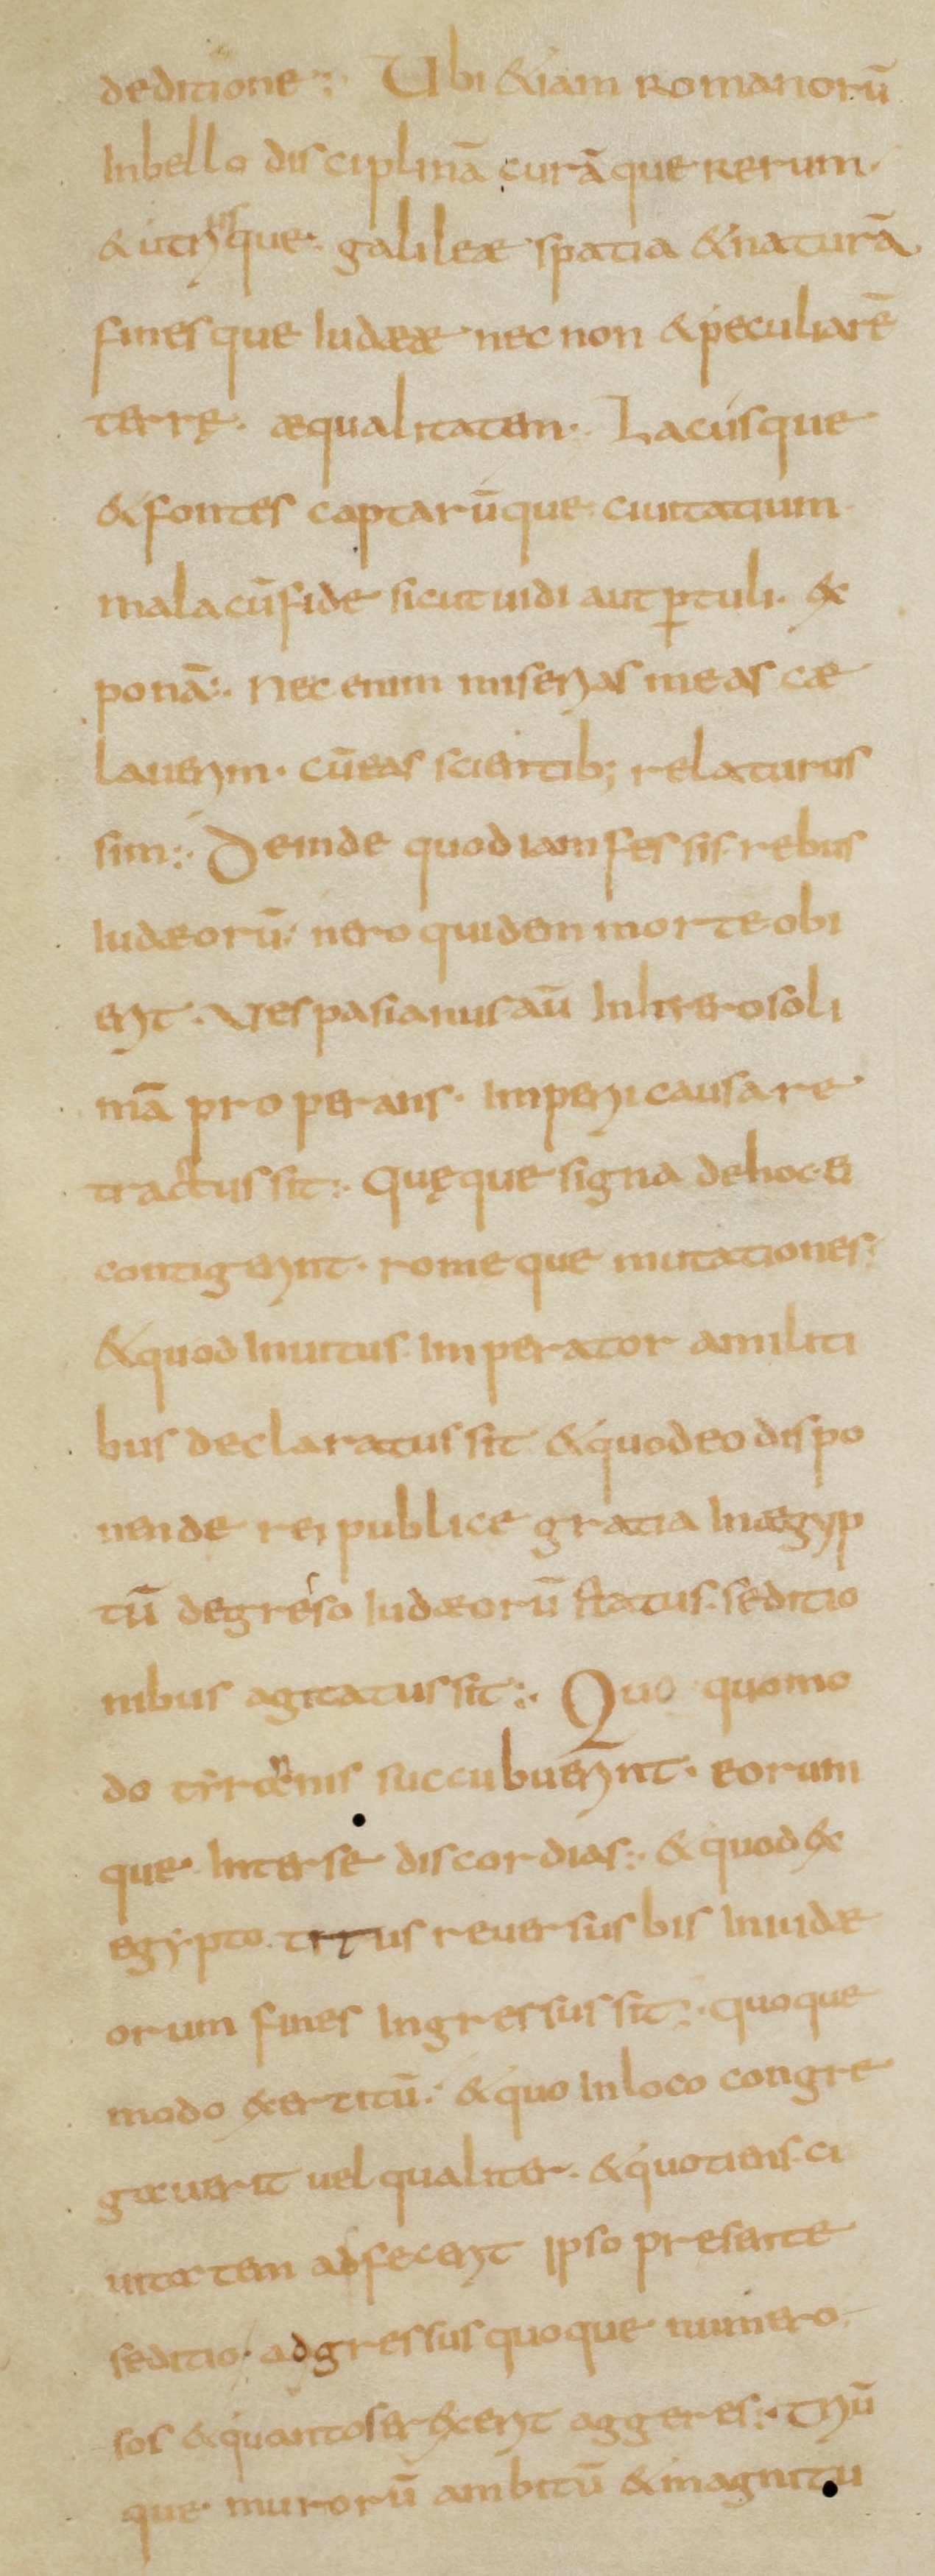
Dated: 800–849